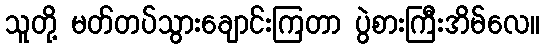
သူတို့ မတ်တပ်သွားချောင်းကြတာ ပွဲစားကြီးအိမ်လေ။